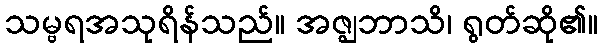
သမ္ဗရအသုရိန်သည်။ အဇ္ဈဘာသိ၊ ရွတ်ဆို၏။